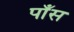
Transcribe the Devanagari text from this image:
पाँस